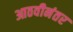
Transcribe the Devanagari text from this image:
आठवीनंतर